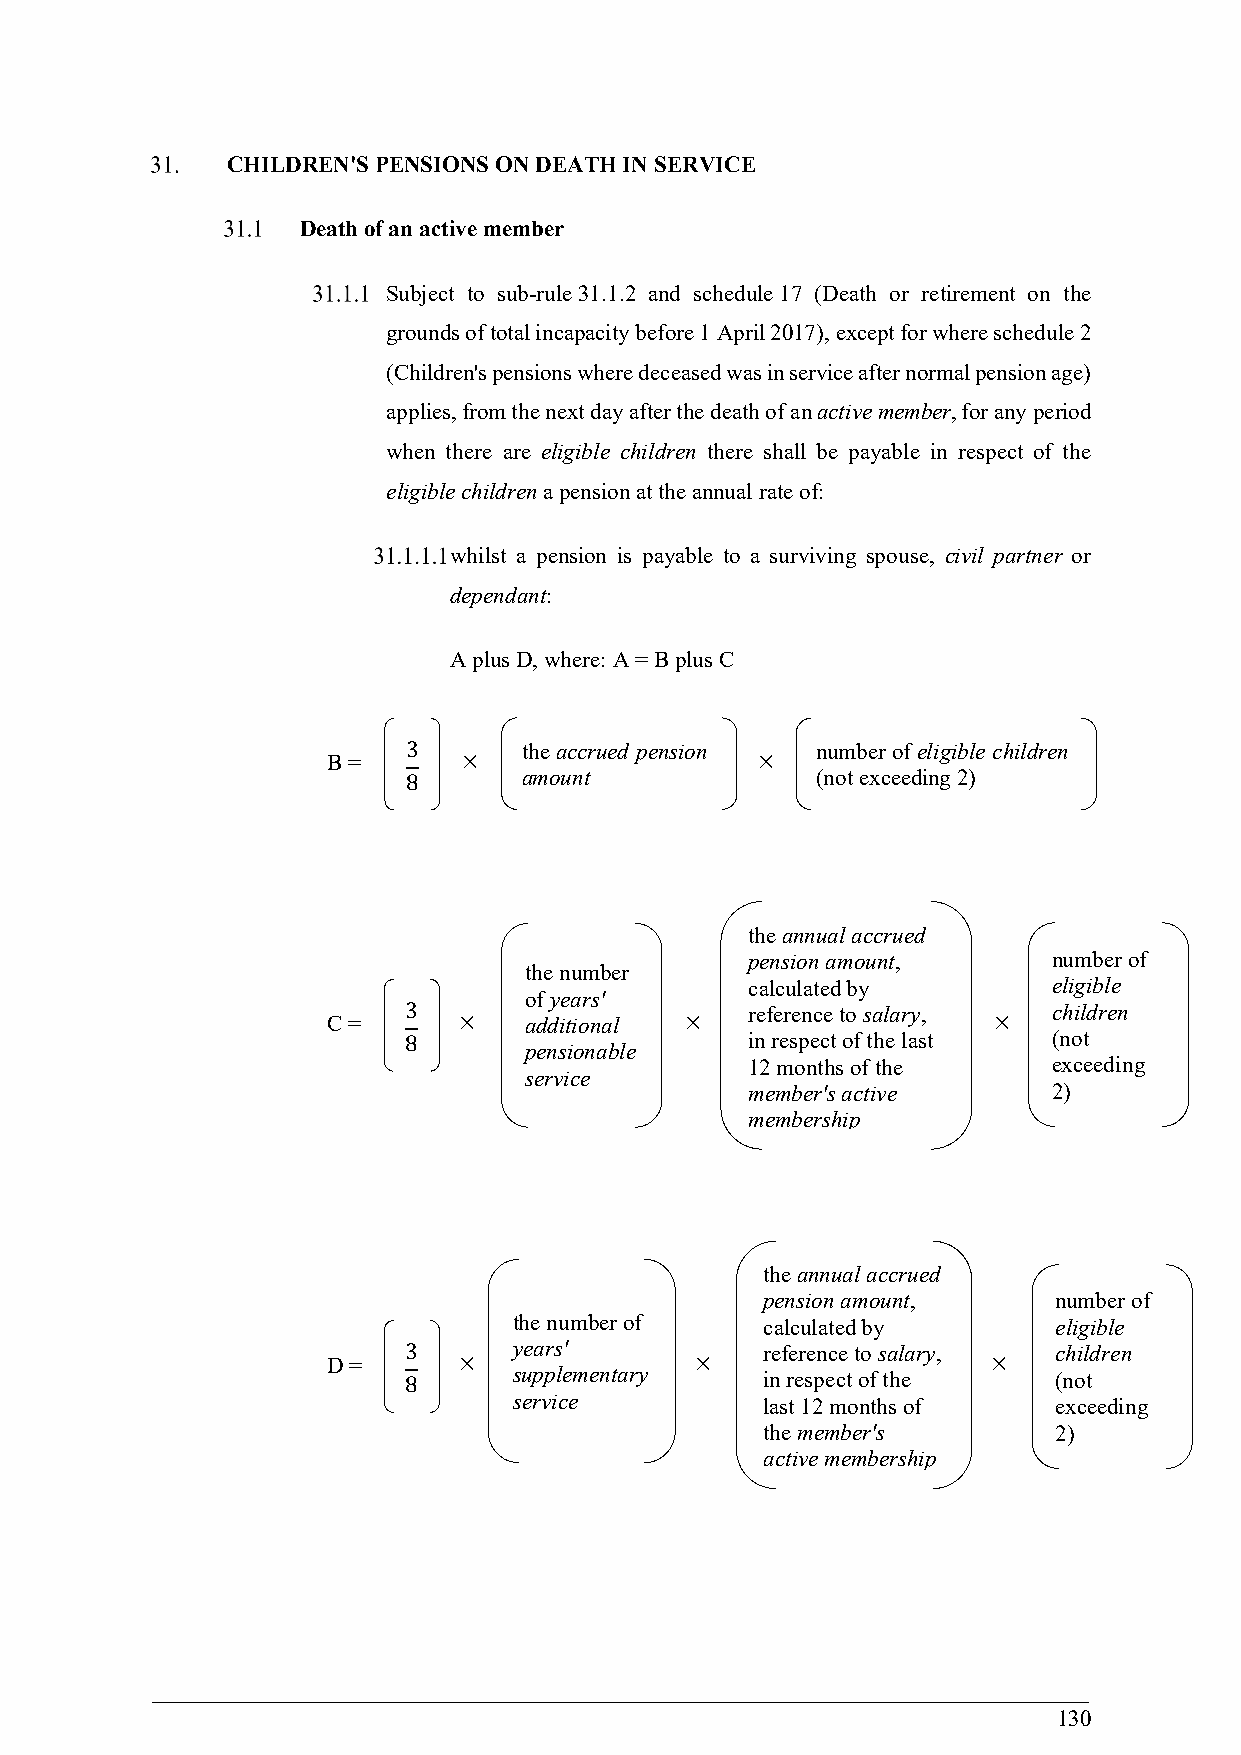
CHILDREN'S PENSIONS ON DEATH IN SERVICE
 Death of an active member
 Subject to sub-rule 31.1.2 and schedule 17 (Death or retirement on the
 grounds of total incapacity before 1 April 2017), except for where schedule 2
 (Children's pensions where deceased was in service after normal pension age)
 applies, from the next day after the death of an active member, for any period
 when there are eligible children there shall be payable in respect of the
 eligible children a pension at the annual rate of:
 whilst a pension is payable to a surviving spouse, civil partner or
 dependant:
 A plus D, where: A = B plus C
 3       the accrued pension number of eligible children
 B =                        
 8       amount             (not exceeding 2)
 the annual accrued
 pension amount,     number of
 the number
 calculated by       eligible
 of years'
 3                      reference to salary, children
 C =         additional                    
 8                      in respect of the last (not
 pensionable
 12 months of the    exceeding
 service
 member's active     2)
 membership
 the annual accrued
 pension amount,    number of
 the number of    calculated by      eligible
 3      years'           reference to salary, children
 D =
 8
 
 supplementary
 
 in respect of the
 
 (not
 service          last 12 months of  exceeding
 the member's       2)
 active membership
 130